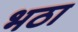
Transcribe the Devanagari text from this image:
भठा